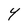
Character: Y